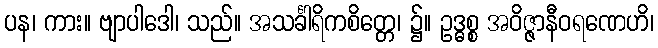
ပန၊ ကား။ ဗျာပါဒေါ၊ သည်။ အသင်္ခါရိကစိတ္တေ၊ ၌။ ဥဒ္ဓစ္စ အဝိဇ္ဇာနီဝရဏေဟိ၊